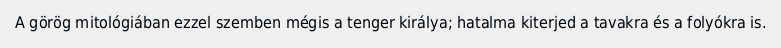
A görög mitológiában ezzel szemben mégis a tenger királya; hatalma kiterjed a tavakra és a folyókra is.